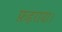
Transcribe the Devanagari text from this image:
फ़हराया।